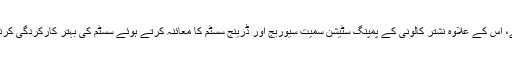
انتظامیہ واسا کو کارکردگی بہتر بنانے کے لئے دو ہفتوں کا وقت دیا گیا ہے، اس کے علاوہ نشتر کالونی کے پمپنگ سٹیشن سمیت سیوریج اور ڈرینج سسٹم کا معائنہ کرتے ہوئے سسٹم کی بہتر کارکردگی کرنے پر سراہا اور انتظامیہ کو کارکردگی مزید بہتر کرنے کی ہدایت بھی کی۔